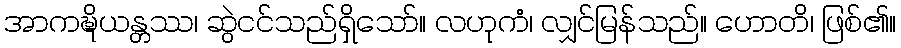
အာကဍ္ဎိယန္တဿ၊ ဆွဲငင်သည်ရှိသော်။ လဟုကံ၊ လျှင်မြန်သည်။ ဟောတိ၊ ဖြစ်၏။